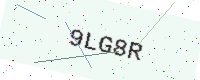
Text: 9LG8R